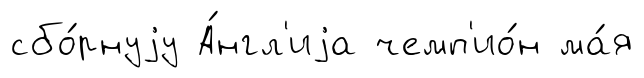
сбо́рнуjу А́нгл'иjа чемп'ио́н ма́я